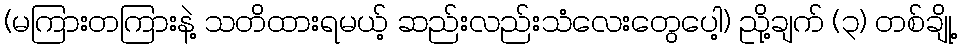
(မကြားတကြားနဲ့ သတိထားရမယ့် ဆည်းလည်းသံလေးတွေပေါ့) ညို့ချက် (၃) တစ်ချို့